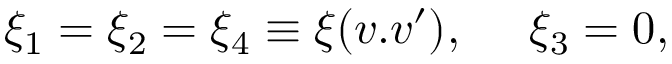
\xi _ { 1 } = \xi _ { 2 } = \xi _ { 4 } \equiv \xi ( v . v ^ { \prime } ) , ~ ~ ~ ~ \xi _ { 3 } = 0 ,